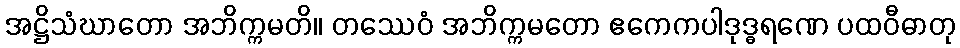
အဋ္ဌိသံဃာတော အဘိက္ကမတိ။ တဿေဝံ အဘိက္ကမတော ဧကေကပါဒုဒ္ဓရဏေ ပထဝီဓာတု